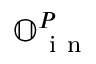
\mathbb { O } _ { \mathrm { ~ i ~ n ~ } } ^ { P }